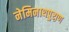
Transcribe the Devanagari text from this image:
नेमिनाथपुराण